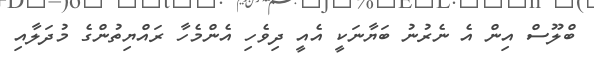
ބްލޫސް އިން އެ ނެރުނު ބަޔާނަކީ އެއީ ދިވެހި އެންމެހާ ރައްޔިތުންގެ މުދަލާއި